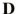
D